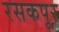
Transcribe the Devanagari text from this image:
रसकपूर